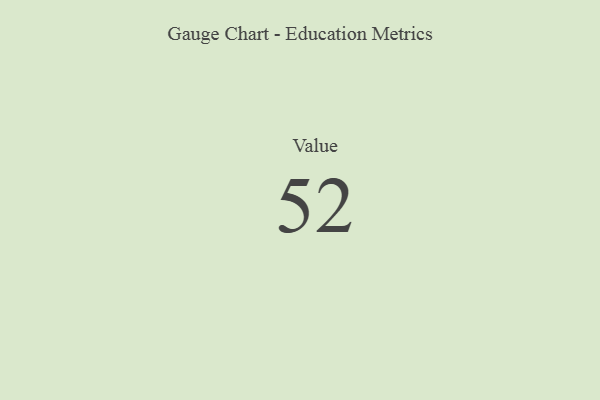
{"axis": {"x": "Metric", "y": "Value"}, "legend": [""], "data": [{"x": "Value", "y": 52, "type": ""}]}